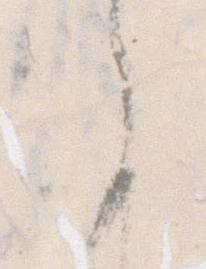
言